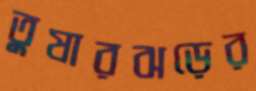
তুষারঝড়ের